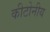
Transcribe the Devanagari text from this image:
कीटोनीय